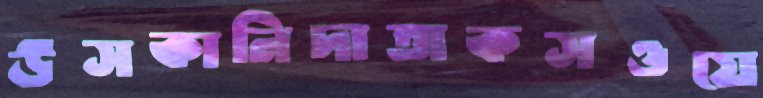
উসকানিদাতাকসওয়ে